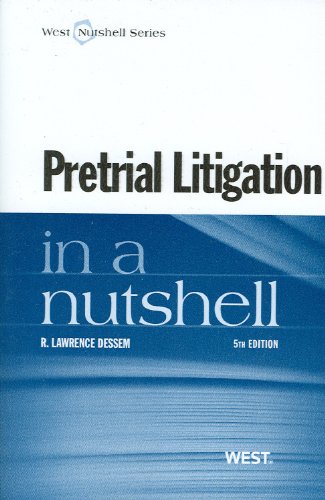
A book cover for Pretrial Litigation in a Nutshell; R. Dessem; Law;